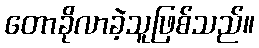
တောခိုလာခဲ့သူဖြစ်သည်။